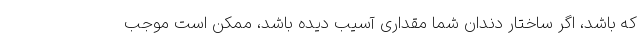
که باشد، اگر ساختار دندان شما مقداری آسیب دیده باشد، ممکن است موجب